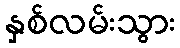
နှစ်လမ်းသွား